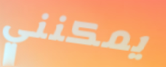
يمكنني